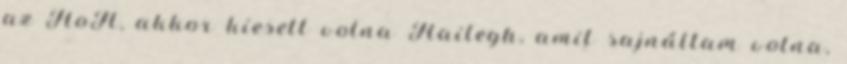
az HoH, akkor kiesett volna Hailegh, amit sajnáltam volna,